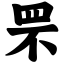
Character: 罘